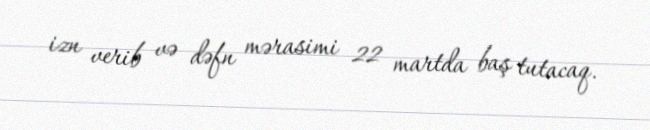
izn verib və dəfn mərasimi 22 martda baş tutacaq.